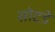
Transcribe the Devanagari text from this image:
सोटडे